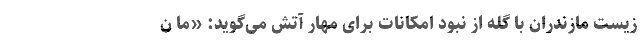
زیست مازندران با گله از نبود امکانات برای مهار آتش می‌گوید: «ما ن